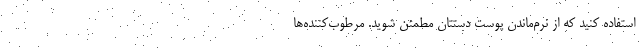
استفاده کنید که از نرم‌ماندن پوست دستتان مطمئن شوید. مرطوب‌کننده‌ها